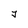
Character: J